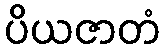
ပိယဇာတံ